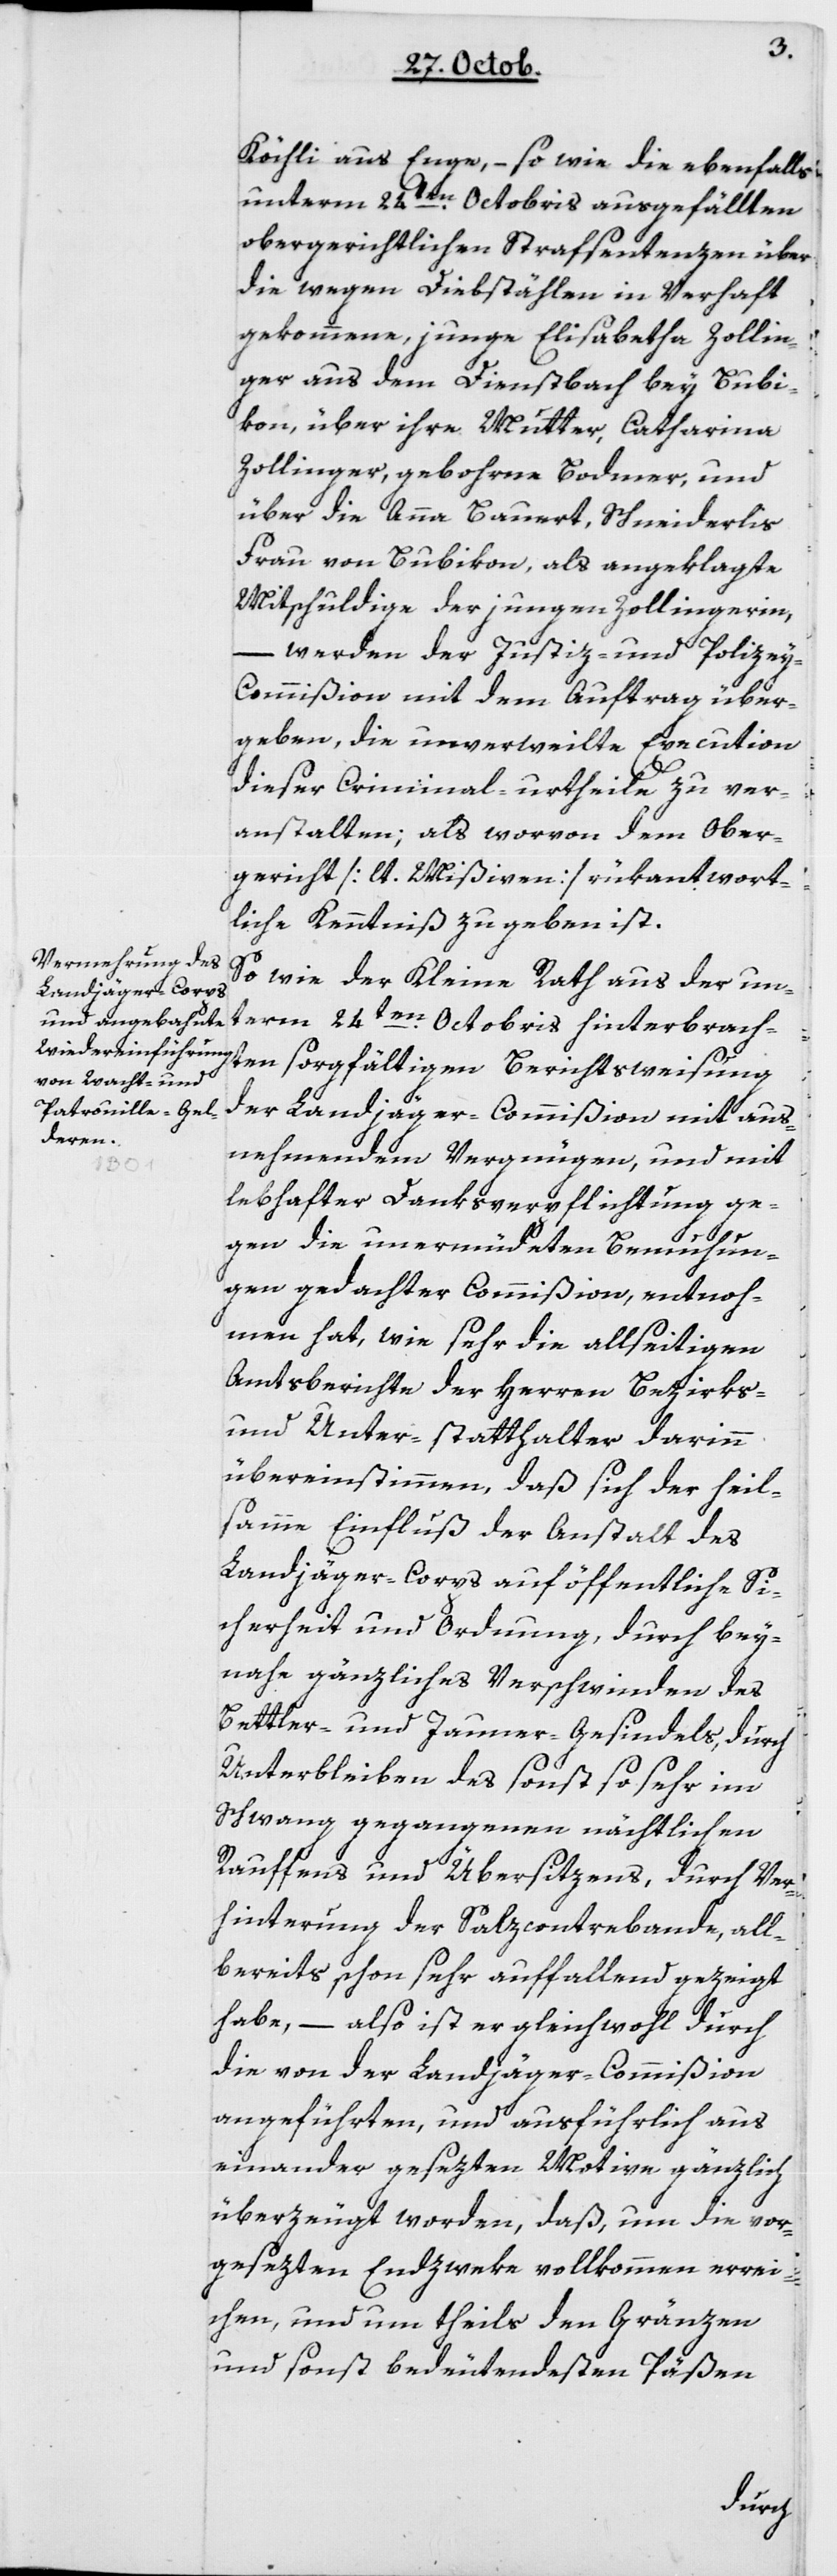
Köchli aus Enge, – sowie die ebenfalls
unterm 24ten Octobris ausgefällten
obergerichtlichen Strafsentenzen über
die wegen Diebstählen in Verhaft
gekommene, junge Elisabetha Zollin¬
ger aus dem Dienstbach bey Bubi¬
kon, über ihre Mutter Catharina
Zollinger, gebohrne Bodmer, und
über die Anna Bauert, Schneiderlis
Frau von Bubikon, als angeklagte
Mitschuldige der jungen Zollingerin,
werden der Justiz- und Polize¬
y-Commißion mit dem Auftrag über¬
geben, die unverweilte Execution
dieser Criminal-urtheile zu ver¬
anstalten, als worvon dem Ober¬
gericht [laut Mißiven] rükantwort¬
liche Kenntniß zu geben ist.
So wie der Kleine Rath aus der un¬
term 24ten Octobris hinterbrach¬
ten sorgfältigen Berichtsweisung
der Landjäger-Commißion mit aus¬
nehmendem Vergnügen, und mit
lebhafter Danksverpflichtung ge¬
gen die unermüdeten Bemühun¬
gen gedachter Commißion, entnoh¬
men hat, wie sehr die allseitigen
Amtsberichte der Herren Bezirks-
und Unterstatthalter darin
übereinstimmen, daß sich der heil¬
samme Einfluß der Anstalt des
Landjäger-Corps auf öffentliche Si¬
cherheit und Ordnung, durch bey¬
nahe gänzliches Verschwinden des
Bettler- und Jauner-Gesindels, durch
Unterbleiben des sonst so sehr im
Schwang gegangenen nächtlichen
Rauffens und Übersitzens, durch Ver¬
hinterung der Salzcontrebande, all¬
bereits schon sehr auffallend gezeigt
habe, – also ist er gleichwohl durch
die von der Landjäger-Commißion
angeführten, und ausführlich aus
einander gesezten Motive gänzlich
überzeugt worden, daß, um die vor¬
gesezten Endzweke vollkommen errei¬
chen, und um theils den Gränzen
und sonst bedeutendsten Päßen